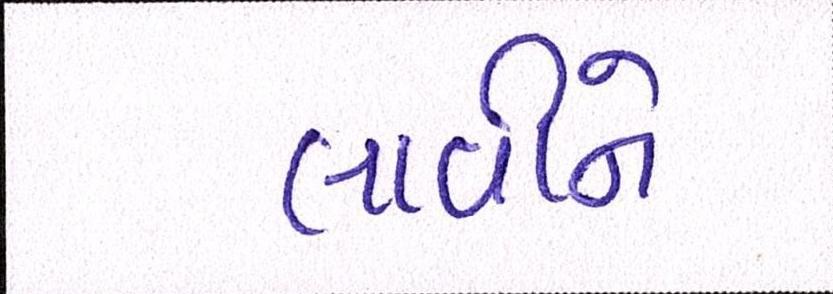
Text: લાવીને